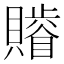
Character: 𧸥